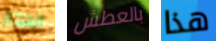
الفخار بالعطش هذا